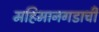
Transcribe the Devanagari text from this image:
महिमानगडाची